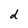
Character: d